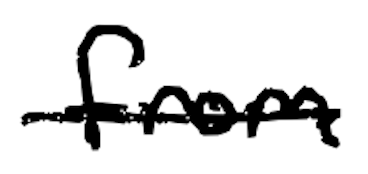
Text: from
Cross-out: single-line
Writing tool: digital_black